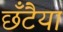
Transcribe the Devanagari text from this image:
छँटैया